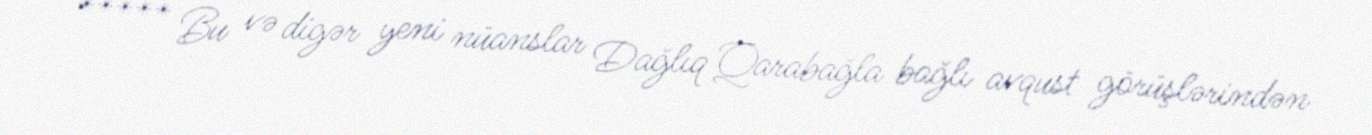
***** Bu və digər yeni nüanslar Dağlıq Qarabağla bağlı avqust görüşlərindən